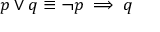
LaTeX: p \vee q \equiv \neg p \implies q